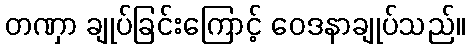
တဏှာ ချုပ်ခြင်းကြောင့် ဝေဒနာချုပ်သည်။